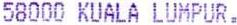
58000 KUALA LUMPUR.